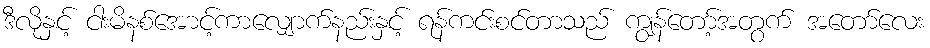
ဒီလိုနှင့် ငါးမိနစ်အောင့်ကာလျှောက်နည်းနှင့် ရန်ကင်းစင်တာသည် ကျွန်တော့်အတွက် အတော်လေး